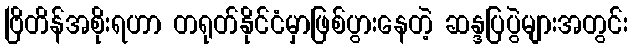
ဗြိတိန်အစိုးရဟာ တရုတ်နိုင်ငံမှာဖြစ်ပွားနေတဲ့ ဆန္ဒပြပွဲများအတွင်း